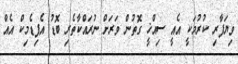
ވިޔަފާރި ކުރުމަކީ އެއީ ސިއްޚީ ގޮތުން ވަރަށް ނުރައްކާތެރި ބޮޑު އެޕިޑެމިކް އެއް